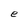
Character: e